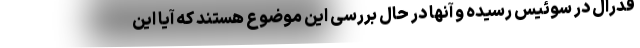
فدرال در سوئیس رسیده و آنها در حال بررسی این موضوع هستند که آیا این